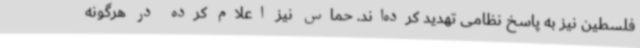
فلسطین نیز به پاسخ نظامی تهدید کرده‌اند. حماس نیز اعلام کرده در هرگونه